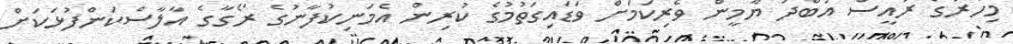
މިހާރުގެ ރައީސް އަބްދު ޔާމީން ވެރިކަމަށް ވަޑައިގަތުމުގެ ކުރިން އެމަނިކުފާނުގެ ރޯގާގެ އާލާސްކަންފުޅަކަށް